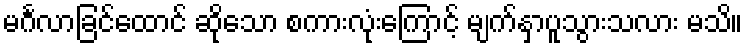
မင်္ဂလာခြင်ထောင် ဆိုသော စကားလုံးကြောင့် မျက်နှာပူသွားသလား မသိ။